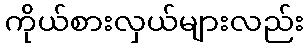
ကိုယ်စားလှယ်များလည်း